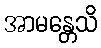
အာမန္တေသိ